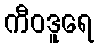
ကီဝဒူရေ